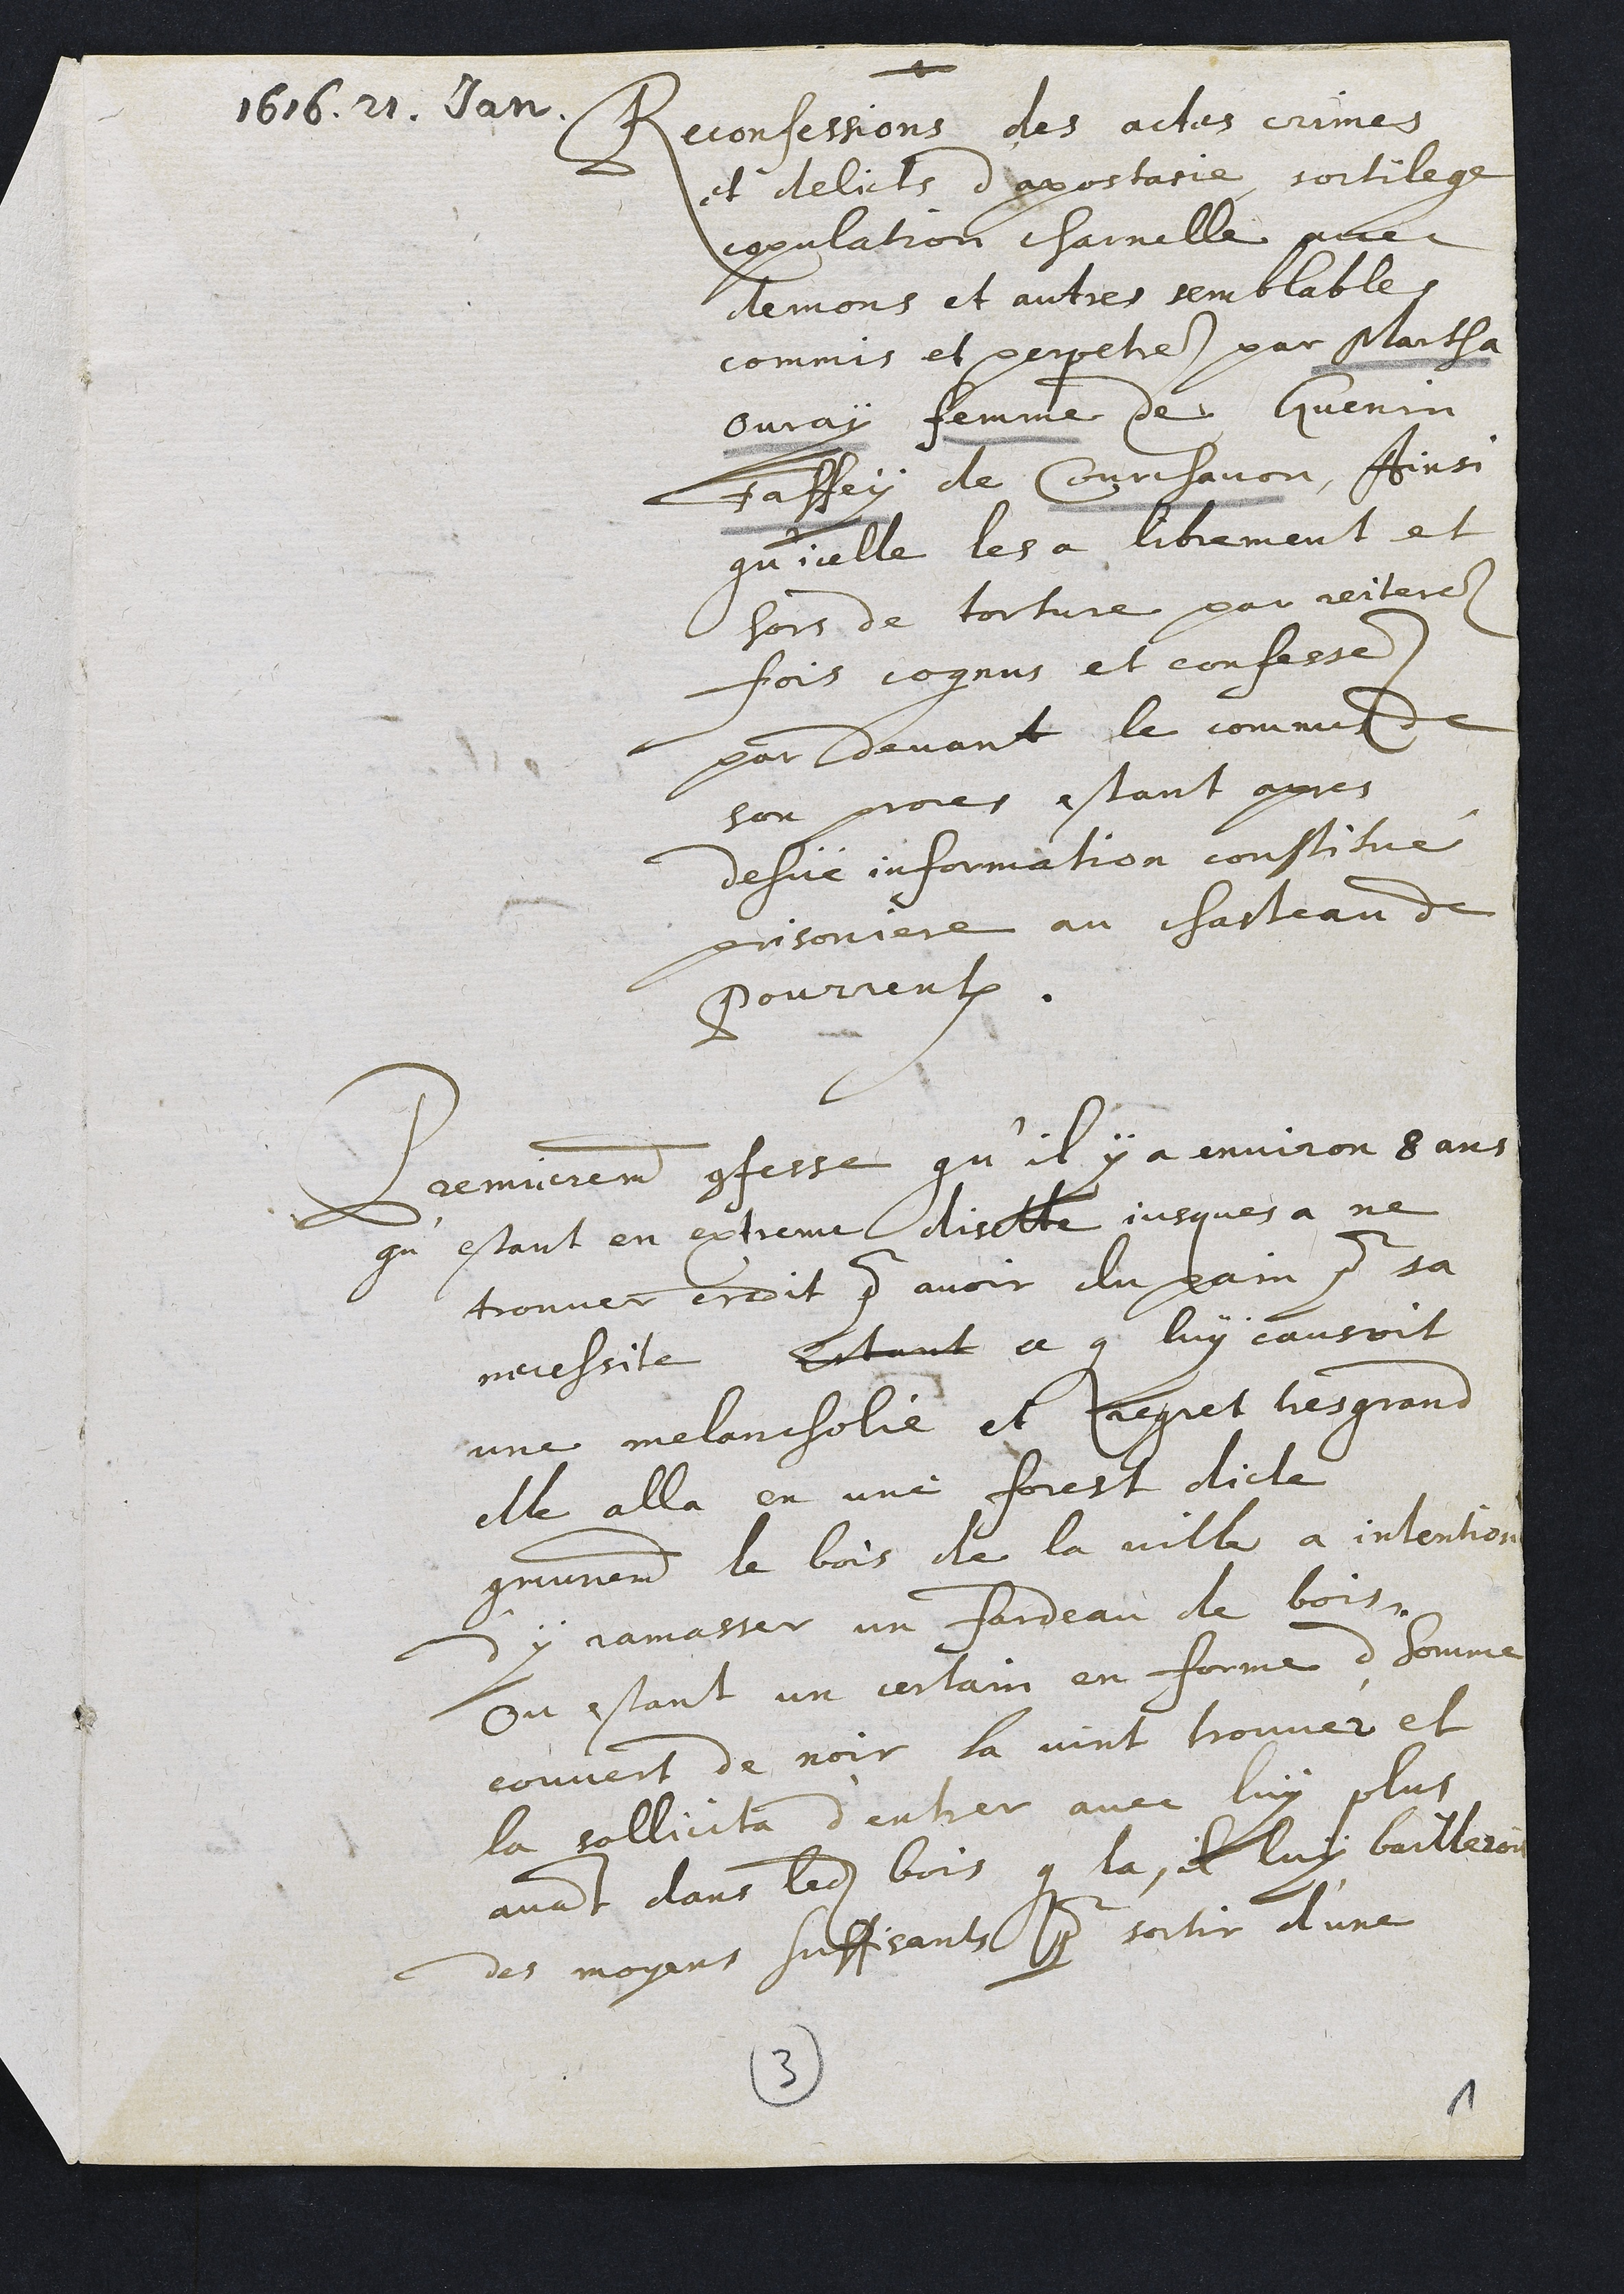
1616. 21. Jan
Reconfessions des actes crimes
et delicts depostace sortilege
vopulation charnelle po
demons et autres semblable
commis et perpehee par Maitha
Ouray femme de Guenin
Faffey de Courchavon, Ainsi
qu’ielle les a litrement et
hors de torture par reitere
fois cognus et confessé.
par devant le commes
son proies estant apres
desüé information constitue
rrisoniere au chasteau d
Pourrentruy
Bremierement confesse qu’il y a environ 3 ans
qu’estant en extremé disitte jusques à ne
trouver erdit pu avoir du pain qur sa
neussite Estant à que luy causoit
une melancholie et Jegret tes grand
elle alla en une forest dicte
gmunemen le bois de la ville a intentior
y jamasser un fardeau de bois.
Ou estant un certain en forme dhomme
couvert de noir la vint trouver et
la sollicita d’entrer avec luy plus
avant dans ledit bois que la, il luy baillero
des moyens suffisants pour sortir d’une